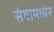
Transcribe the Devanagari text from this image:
सेवामध्येर